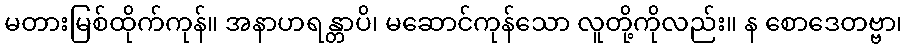
မတားမြစ်ထိုက်ကုန်။ အနာဟရန္တာပိ၊ မဆောင်ကုန်သော လူတို့ကိုလည်း။ န စောဒေတဗ္ဗာ၊